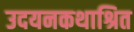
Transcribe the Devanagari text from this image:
उदयनकथाश्रित